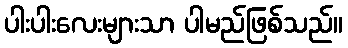
ပါးပါးလေးများသာ ပါမည်ဖြစ်သည်။